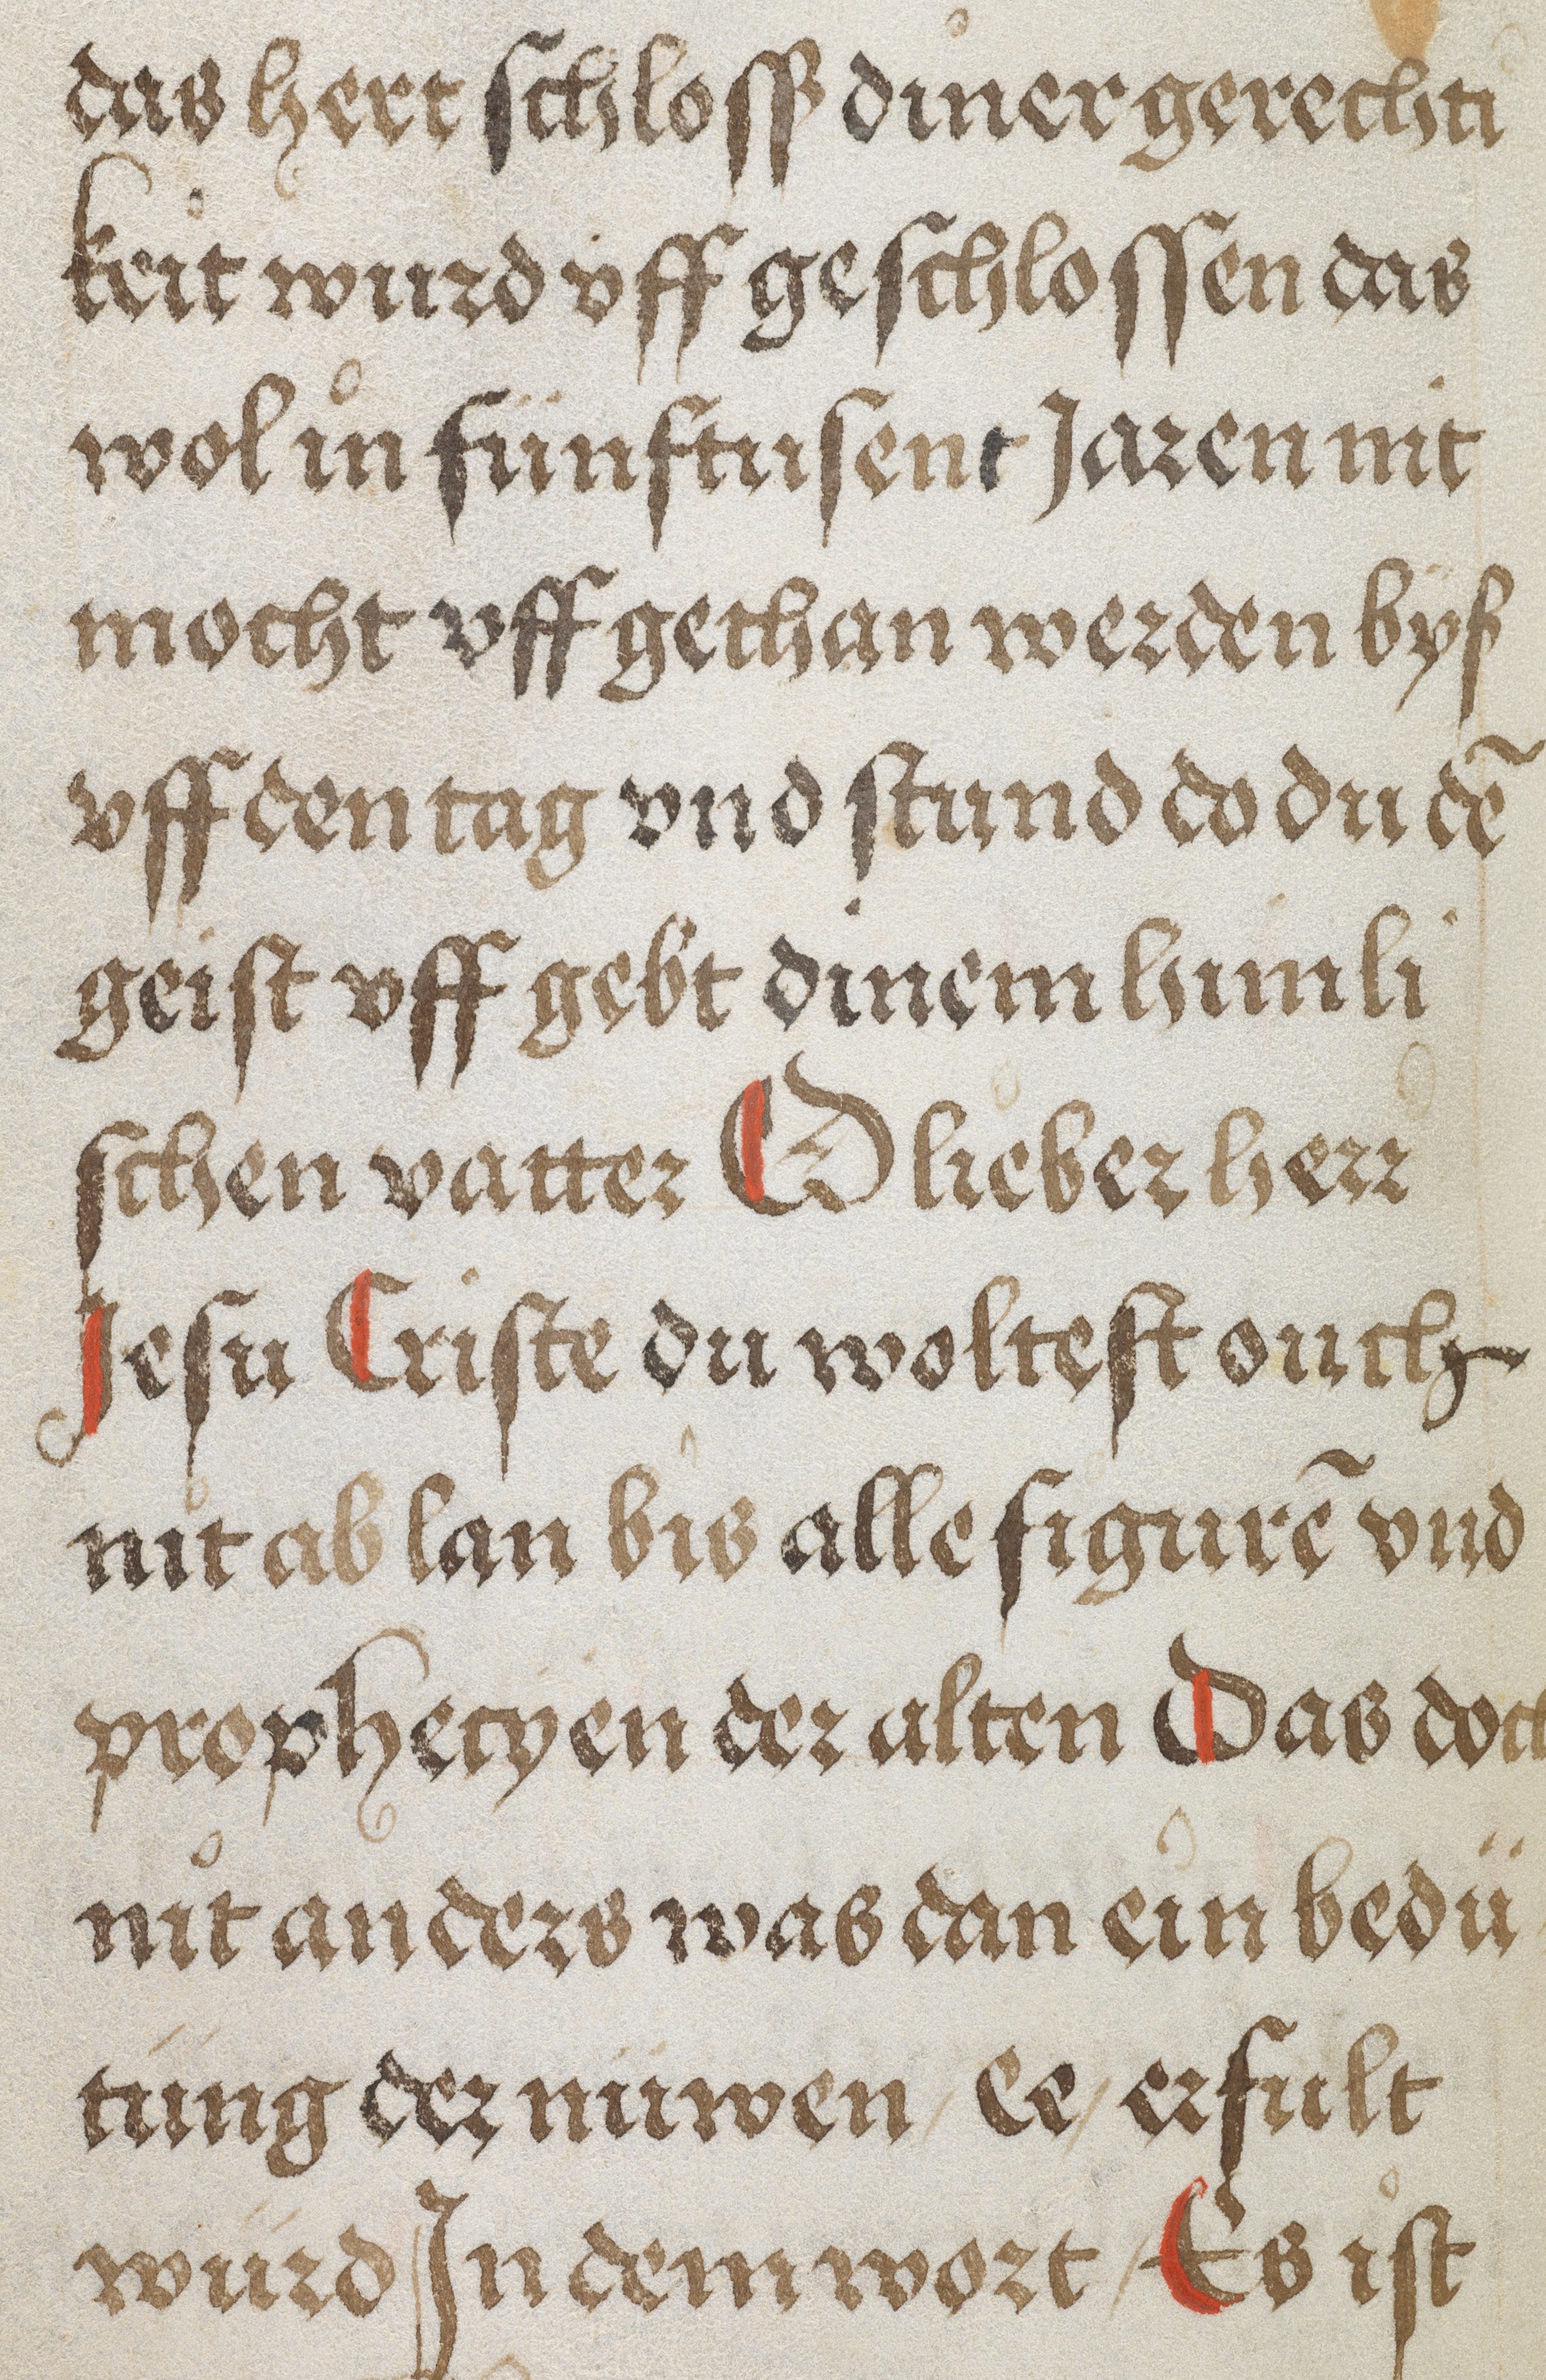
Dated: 1500–1530